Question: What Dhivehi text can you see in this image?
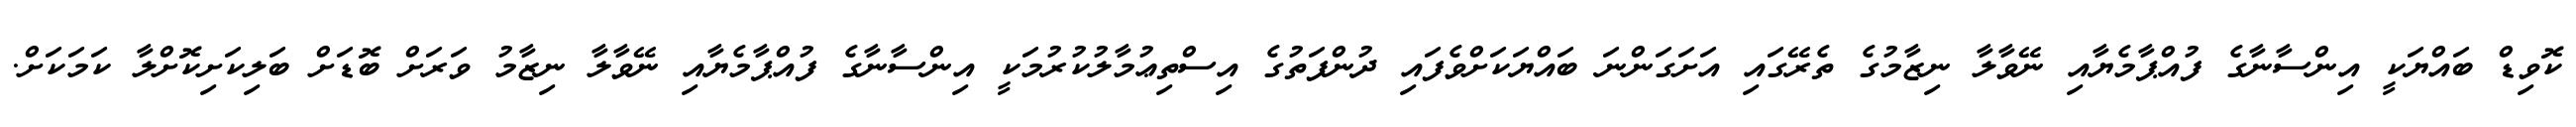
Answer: ކޮވިޑް ބައްޔަކީ އިންސާނާގެ ފުއްޕާމެޔާއި ނޭވާލާ ނިޒާމުގެ ތެރޭގައި އަށަގަންނަ ބައްޔަކަށްވެފައި ދުންފަތުގެ އިސްތިޢުމާލުކުރުމަކީ އިންސާނާގެ ފުއްޕާމެޔާއި ނޭވާލާ ނިޒާމު ވަރަށް ބޮޑަށް ބަލިކަށިކޮށްލާ ކަމަކަށް.